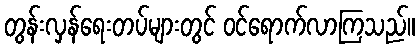
တွန်းလှန်ရေးတပ်များတွင် ဝင်ရောက်လာကြသည်။